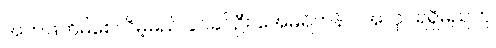
အကဲဖြတ်မိစေလိမ့်မည် ခင်ခင်ဦး အေမရိကန်င အလုပ်ရရှိမည်ဟု